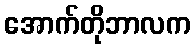
အောက်တိုဘာလက